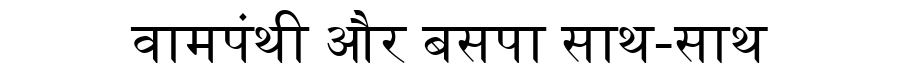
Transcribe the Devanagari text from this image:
वामपंथी और बसपा साथ-साथ